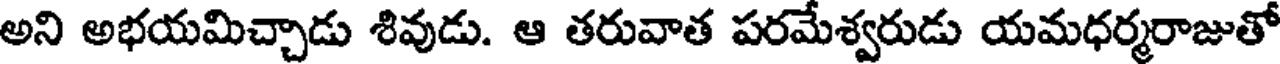
అని అభయమిచ్చాడు శివుడు. ఆ తరువాత పరమేశ్వరుడు యమధర్మరాజుతో